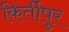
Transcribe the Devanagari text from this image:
किर्तीपुर